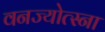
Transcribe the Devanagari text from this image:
वनज्योत्स्ना